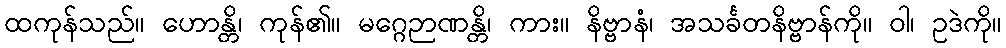
ထကုန်သည်။ ဟောန္တိ၊ ကုန်၏။ မဂ္ဂေဉာဏန္တိ၊ ကား။ နိဗ္ဗာနံ၊ အသင်္ခတနိဗ္ဗာန်ကို။ ဝါ၊ ဥဒဲကို။